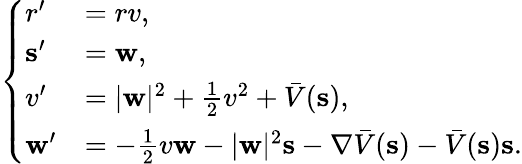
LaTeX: \begin{array}{r}{\left\{ \begin{array}{ll}{r^{\prime}}&{=rv,}\\ {\mathbf{s}^{\prime}}&{=\mathbf{w},}\\ {v^{\prime}}&{=|\mathbf{w}|^{2}+\frac{1}{2}v^{2}+\bar{V}(\mathbf{s}),}\\ {\mathbf{w}^{\prime}}&{=-\frac{1}{2}v\mathbf{w}-|\mathbf{w}|^{2}\mathbf{s}-\nabla\bar{V}(\mathbf{s})-\bar{V}(\mathbf{s})\mathbf{s}.}\end{array}\right.}\end{array}